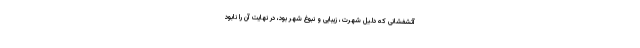
آتشفشانی که دلیل شهرت، زیبایی و نبوغ شهر بود، در نهایت آن را نابود